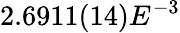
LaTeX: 2.6911(14)E^{-3}